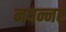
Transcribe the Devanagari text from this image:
नयन्नर